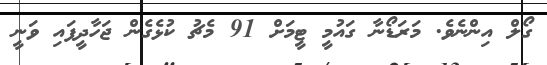
ގޯލް އިންނެވެ. މަރަޑޯނާ ގައުމީ ޓީމަށް 91 މެޗު ކުޅެގެން ޖަހާދީފައި ވަނީ